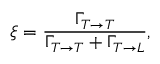
\xi = \frac { \Gamma _ { T \rightarrow T } } { \Gamma _ { T \rightarrow T } + \Gamma _ { T \rightarrow L } } ,